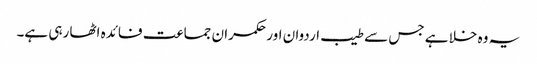
یہ وہ خلا ہے جس سے طیب اردوان اور حکمران جماعت فائدہ اٹھا رہی ہے۔